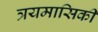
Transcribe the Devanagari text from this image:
त्रयमासिकी